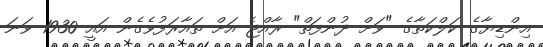
އިންޑިޔާގެ ކަލްކަތާގެ "ވަށް ދުންފަތް" ރާއްޖެ އަށް ތައާރަފުވެގެން އައީ 1930 ވަނަ